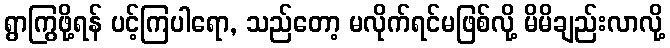
ရွာကြွဖို့ရန် ပင့်ကြပါရော, သည်တော့ မလိုက်ရင်မဖြစ်လို့ မိမိချည်းလာလို့